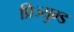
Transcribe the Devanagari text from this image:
प्रिज्युम्ड